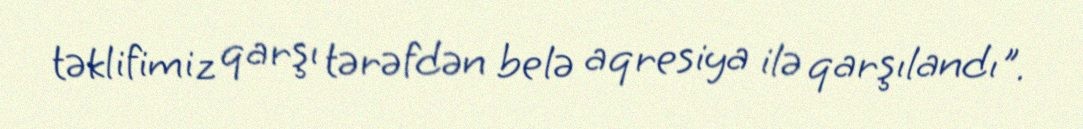
təklifimiz qarşı tərəfdən belə aqresiya ilə qarşılandı".